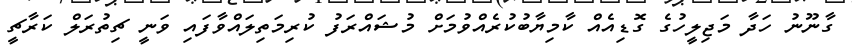
ގާނޫނު ހަދާ މަޖިލީހުގެ ގޮޑިއެއް ކާމިޔާބުކުރެއްވުމަށް މުޝައްރަފު ކުރިމަތިލައްވާފައި ވަނީ ޗިތުރަލް ކަރާޗީ